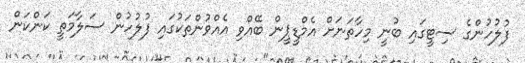
ފުލުހުންގެ ސިޓީގައި ބުނީ މިހާތަނަށް އެމްޑީޕީން ބޭއްވި އެއްވުންތަކުގައި ފުލުހުން ސަލާމަތީ ކަންކަން